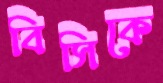
বিসিকে